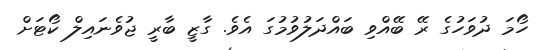
ހޯމަ ދުވަހުގެ ރޭ ބޭއްވި ބައްދަލުވުމުގަ އެވެ. ގާޒީ ބާރީ ޖުވެނައިލް ކޯޓަށް